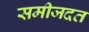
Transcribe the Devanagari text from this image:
समीजदत